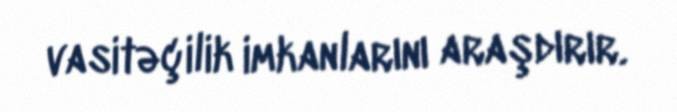
vasitəçilik imkanlarını araşdırır.